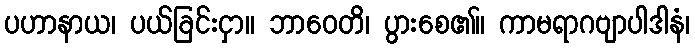
ပဟာနာယ၊ ပယ်ခြင်းငှာ။ ဘာဝေတိ၊ ပွားစေ၏။ ကာမရာဂဗျာပါဒါနံ၊